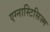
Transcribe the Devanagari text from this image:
एग्नास्टिसिज्म